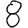
Digit: 8